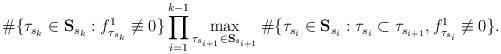
LaTeX: \begin{align*} \#\{\tau_{s_k}\in{\bf{S}}_{s_k}:f^1_{\tau_{s_k}}\not\equiv 0\}\prod_{i=1}^{k-1}\max_{\tau_{s_{i+1}}\in{\bf{S}}_{s_{i+1}}}\#\{\tau_{s_i}\in{\bf{S}}_{s_i}:\tau_{s_i}\subset\tau_{s_{i+1}},f_{\tau_{s_i}}^1\not\equiv 0\}.\end{align*}